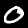
Label: 0